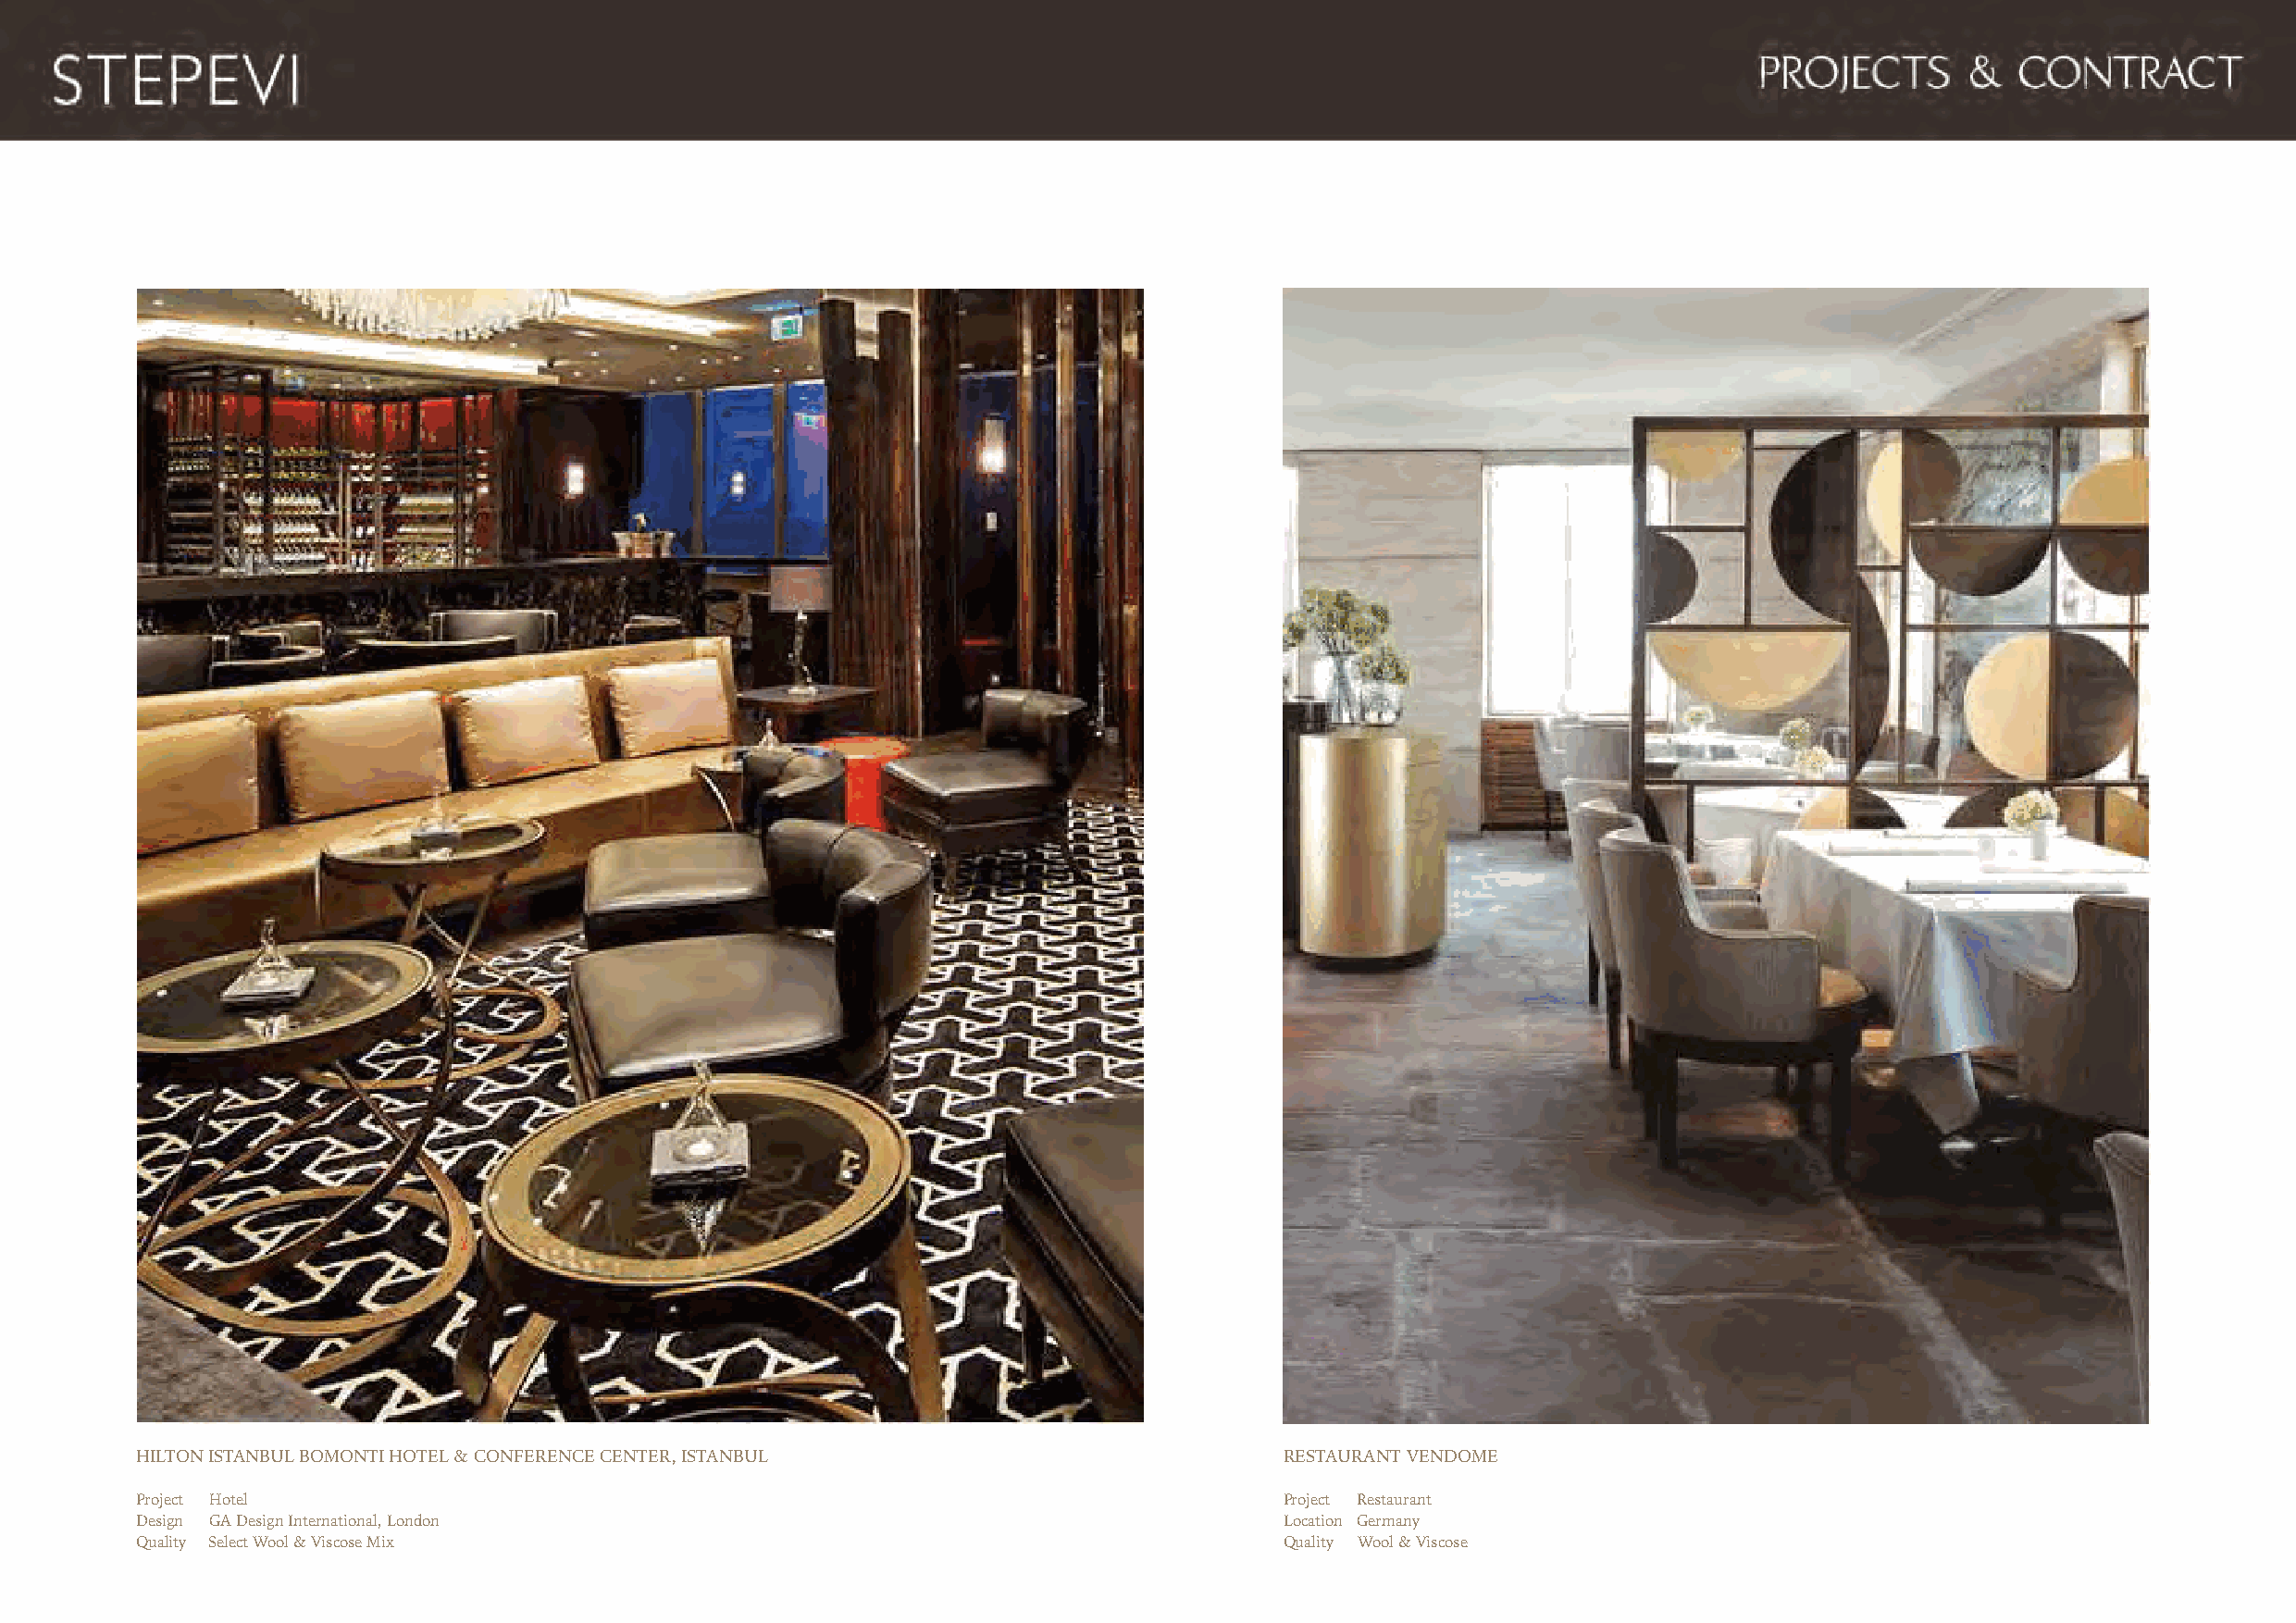
HILTON ISTANBUL BOMONTI HOTEL & CONFERENCE CENTER, ISTANBUL                       RESTAURANT VENDOME
 Project Hotel                                                                     Project Restaurant
 Design GA Design International, London                                            Location Germany
 Quality Select Wool & Viscose Mix                                                 Quality Wool & Viscose